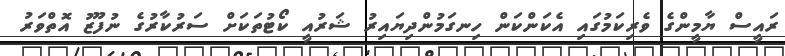
ރައީސް ޔާމީންގެ ވެރިކަމުގައި އެކަންކަން ހިނގަމުންދިޔައިރު ޝަރުއީ ކޯޓުތަކަށް ސަރުކާރުގެ ނުފޫޒު އޮތްވަރު